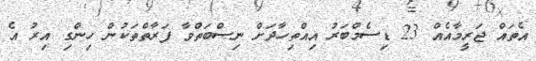
އެތައް ޖަރީމާއެއް 23 ޑިސެމްބަރު އިއްތިހާދަށް ނިސްބަތްވާ ފަރާތްތަކުން ހިންގި އިރު އެ